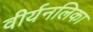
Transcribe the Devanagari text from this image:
वीर्यनलिका